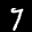
Label: 7